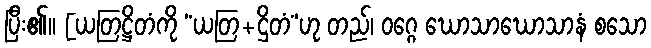
ပြီး၏။ [ယတြဋ္ဌိတံကို “ယတြ+ဌိတံ”ဟု တည်၊ ဝဂ္ဂေ ဃောသာဃောသာနံ စသော